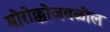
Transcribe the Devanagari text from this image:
मोरोक्कोजवळील